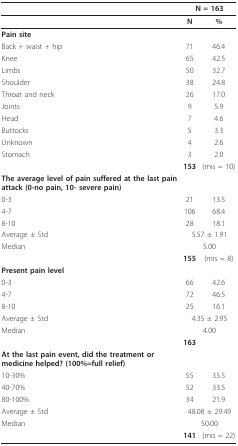
<table><thead><tr><td></td><td colspan="2"><b>N = 163</b></td></tr></thead><tbody><tr><td></td><td><b>N</b></td><td><b>%</b></td></tr><tr><td><b>Pain site</b></td><td></td><td></td></tr><tr><td>Back + waist + hip</td><td>71</td><td>46.4</td></tr><tr><td>Knee</td><td>65</td><td>42.5</td></tr><tr><td>Limbs</td><td>50</td><td>32.7</td></tr><tr><td>Shoulder</td><td>38</td><td>24.8</td></tr><tr><td>Throat and neck</td><td>26</td><td>17.0</td></tr><tr><td>Joints</td><td>9</td><td>5.9</td></tr><tr><td>Head</td><td>7</td><td>4.6</td></tr><tr><td>Buttocks</td><td>5</td><td>3.3</td></tr><tr><td>Unknown</td><td>4</td><td>2.6</td></tr><tr><td>Stomach</td><td>3</td><td>2.0</td></tr><tr><td></td><td><b>153</b></td><td>(mis = 10)</td></tr><tr><td><b>The average level of pain suffered at the last pain attack (0-no pain, 10- severe pain)</b></td><td></td><td></td></tr><tr><td>0-3</td><td>21</td><td>13.5</td></tr><tr><td>4-7</td><td>106</td><td>68.4</td></tr><tr><td>8-10</td><td>28</td><td>18.1</td></tr><tr><td>Average ± Std</td><td colspan="2">5.57 ± 1.91</td></tr><tr><td>Median</td><td colspan="2">5.00</td></tr><tr><td></td><td><b>155</b></td><td>(mis = 8)</td></tr><tr><td><b>Present pain level</b></td><td></td><td></td></tr><tr><td>0-3</td><td>66</td><td>42.6</td></tr><tr><td>4-7</td><td>72</td><td>46.5</td></tr><tr><td>8-10</td><td>25</td><td>16.1</td></tr><tr><td>Average ± Std</td><td colspan="2">4.35 ± 2.95</td></tr><tr><td>Median</td><td colspan="2">4.00</td></tr><tr><td></td><td><b>163</b></td><td></td></tr><tr><td><b>At the last pain event, did the treatment or medicine helped? (100%=full relief)</b></td><td></td><td></td></tr><tr><td>10-30%</td><td>55</td><td>35.5</td></tr><tr><td>40-70%</td><td>52</td><td>33.5</td></tr><tr><td>80-100%</td><td>34</td><td>21.9</td></tr><tr><td>Average ± Std</td><td colspan="2">48.08 ± 29.49</td></tr><tr><td>Median</td><td colspan="2">50.00</td></tr><tr><td></td><td><b>141</b></td><td>(mis = 22)</td></tr></tbody></table>